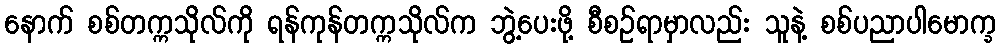
နောက် စစ်တက္ကသိုလ်ကို ရန်ကုန်တက္ကသိုလ်က ဘွဲ့ပေးဖို့ စီစဉ်ရာမှာလည်း သူနဲ့ စစ်ပညာပါမောက္ခ